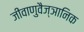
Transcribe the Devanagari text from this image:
जीवाणुवैज्ञानिक